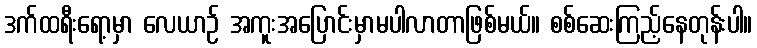
ဒက်ထရီးရော့မှာ လေယာဉ် အကူးအပြောင်းမှာမပါလာတာဖြစ်မယ်။ စစ်ဆေးကြည့်နေတုန်းပါ။